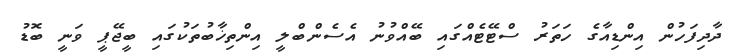
ދާދިފަހުން އިންޑިއާގެ ހަތަރު ސްޓޭޓެއްގައި ބޭއްވުނު އެސެންބްލީ އިންތިޚާބުތަކުގައި ބީޖޭޕީ ވަނީ ބޮޑު